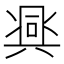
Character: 𱏵